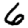
Digit: 6